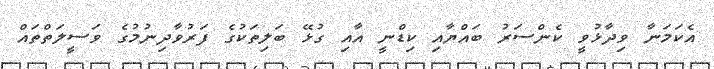
އެކަމަނާ ވިދާޅުވީ ކެންސަރު ބައްޔާއި ކިޑްނީ އާއި ގުޅޭ ބަލިތަކުގެ ފަރުވާދިނުމުގެ ވަސީލަތްތައް